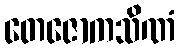
တေဇောကသိဏံ